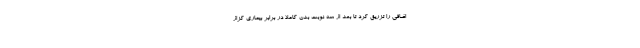
اضافی را تزریق کرد تا بعد از سه نوبت بدن کاملا در برابر بیماری کزاز